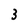
Character: 3